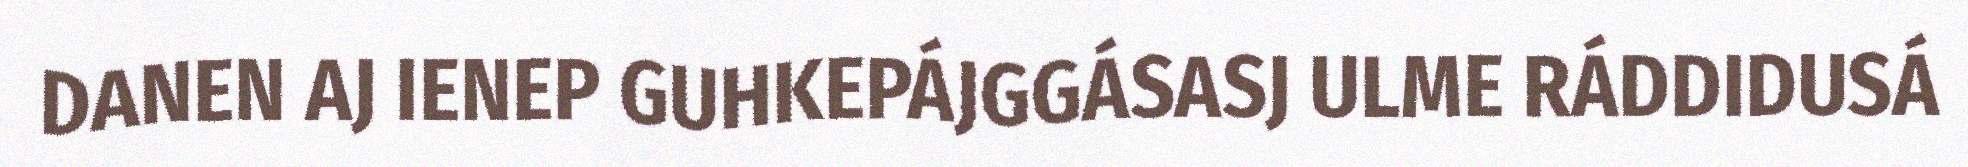
DANEN AJ IENEP GUHKEPÁJGGÁSASJ ULME RÁDDIDUSÁ